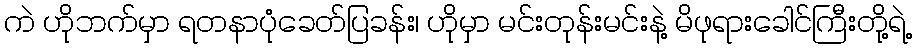
ကဲ ဟိုဘက်မှာ ရတနာပုံခေတ်ပြခန်း၊ ဟိုမှာ မင်းတုန်းမင်းနဲ့ မိဖုရားခေါင်ကြီးတို့ရဲ့